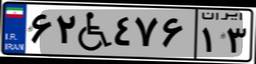
۲۸W۵۸۳۲۴